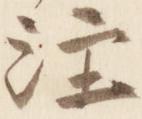
注